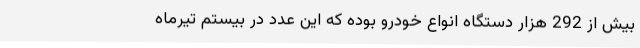
بیش از 292 هزار دستگاه انواع خودرو بوده که این عدد در بیستم تیرماه